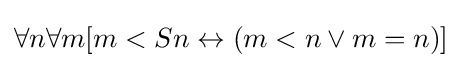
\forall n\forall m[m<Sn\leftrightarrow (m<n\lor m=n)]